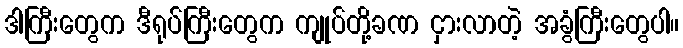
ဒါကြီးတွေက ဒီရုပ်ကြီးတွေက ကျုပ်တို့ခဏ ငှားလာတဲ့ အခွံကြီးတွေပါ။